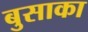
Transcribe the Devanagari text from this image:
बुसाका